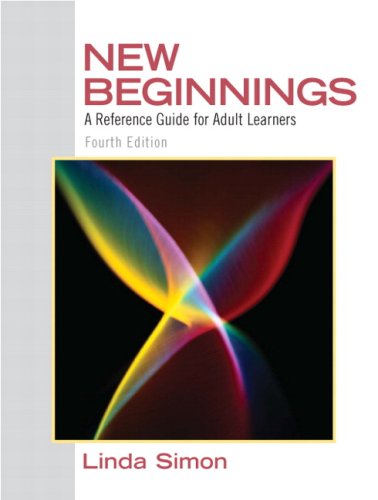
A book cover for New Beginnings: A Reference Guide for Adult Learners (4th Edition); Linda Simon; Test Preparation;